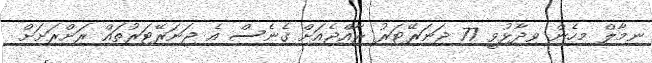
ނިމާލް މިހެން ވިދާޅުވީ 77 ޖަނަރޭޓަރު ރާއްޖެއަށް ގެނެސް އެ ޖަނަރޭޓަރުތައް ރަށްރަށަށް